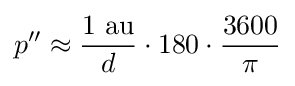
p''\approx {\frac {1{\text{ au}}}{d}}\cdot 180\cdot {\frac {3600}{\pi }}